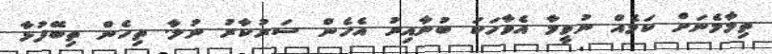
ތިމާމެނަށް ކަމެއް ނުވީމާ އެވާހަކަ ބުނާއިރު އެހެން ސަރުކާރު ނުލާ. ތިހެން ތިބޭފުޅާ